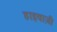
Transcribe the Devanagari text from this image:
हाइवाज़ी